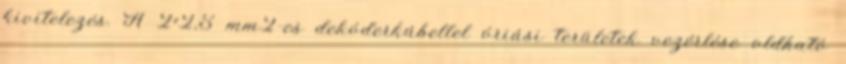
kivitelezés. A 2×2,5 mm2-es dekóderkábellel óriási területek vezérlése oldható